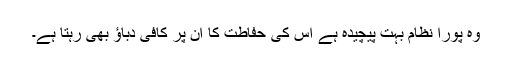
وہ پورا نظام بہت پیچیدہ ہے اس کی حفاطت کا ان پر کافی دباؤ بھی رہتا ہے۔